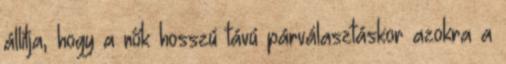
állítja, hogy a nők hosszú távú párválasztáskor azokra a